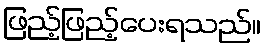
ဖြည့်ဖြည့်ပေးရသည်။